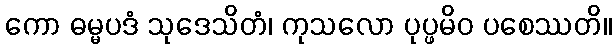
ကော ဓမ္မပဒံ သုဒေသိတံ၊ ကုသလော ပုပ္ဖမိဝ ပစေဿတိ။